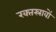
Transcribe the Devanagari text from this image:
रक्‍तस्रावों